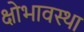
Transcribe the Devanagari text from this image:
क्षोभावस्था